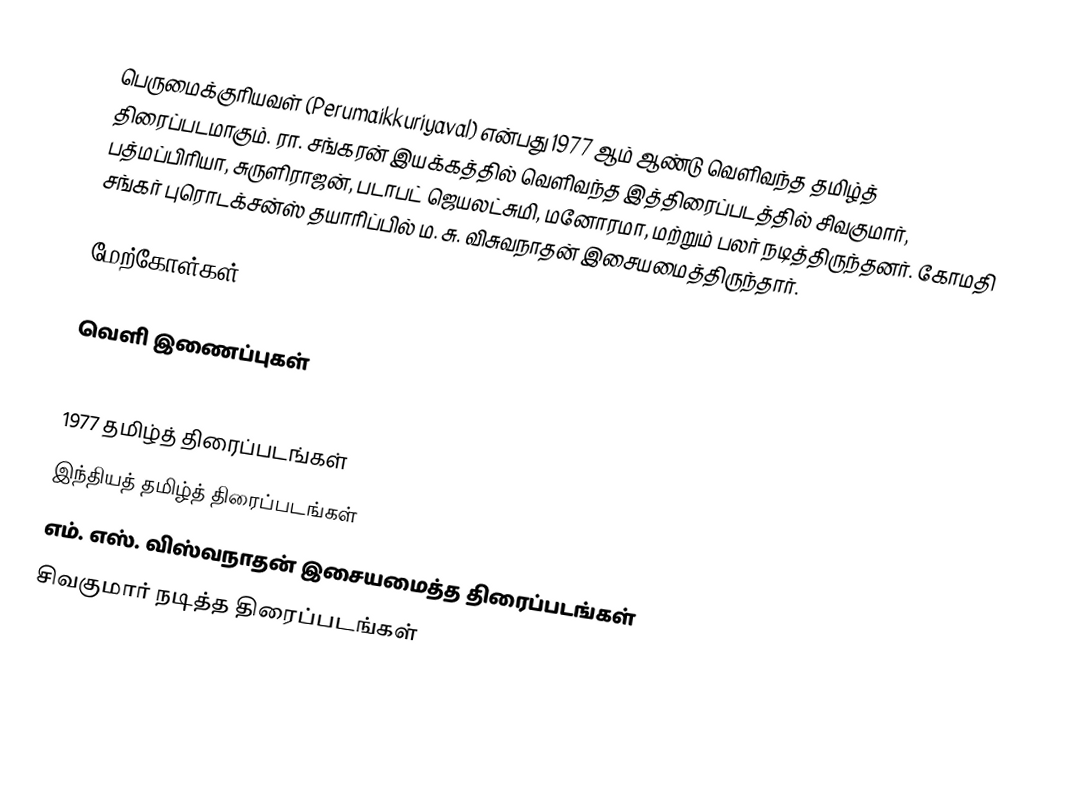
பெருமைக்குரியவள் (Perumaikkuriyaval) என்பது 1977 ஆம் ஆண்டு வெளிவந்த தமிழ்த் திரைப்படமாகும். ரா. சங்கரன் இயக்கத்தில் வெளிவந்த இத்திரைப்படத்தில் சிவகுமார், பத்மப்பிரியா, சுருளிராஜன், படாபட் ஜெயலட்சுமி, மனோரமா, மற்றும் பலர் நடித்திருந்தனர். கோமதி சங்கர் புரொடக்சன்ஸ் தயாரிப்பில் ம. சு. விசுவநாதன் இசையமைத்திருந்தார்.

மேற்கோள்கள்

வெளி இணைப்புகள்

1977 தமிழ்த் திரைப்படங்கள்
இந்தியத் தமிழ்த் திரைப்படங்கள்
எம். எஸ். விஸ்வநாதன் இசையமைத்த திரைப்படங்கள்
சிவகுமார் நடித்த திரைப்படங்கள்